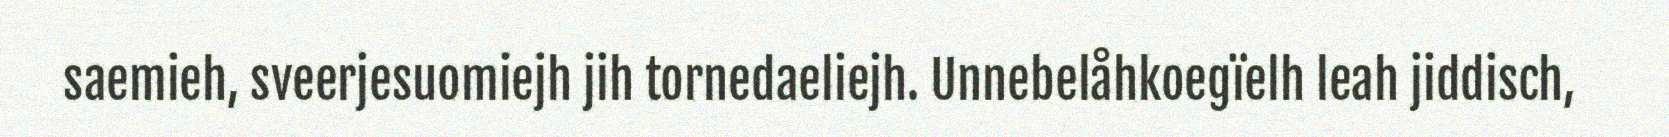
saemieh, sveerjesuomiejh jih tornedaeliejh. Unnebelåhkoegïelh leah jiddisch,